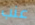
عنب